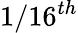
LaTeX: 1/16^{th}